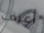
أعرف